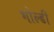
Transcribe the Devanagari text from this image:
भोल्डी